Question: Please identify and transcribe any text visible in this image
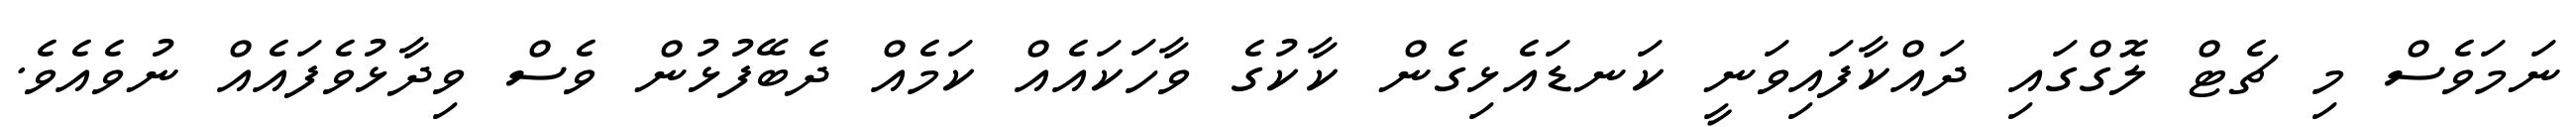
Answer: ނަމަވެސް މި ޗެޓް ލޮގްގައި ދައްކާފައިވަނީ ކަނޑައެޅިގެން ކާކުގެ ވާހަކައެއް ކަމެއް ދެބޭފުޅުން ވެސް ވިދާޅުވެފައެއް ނުވެއެވެ.